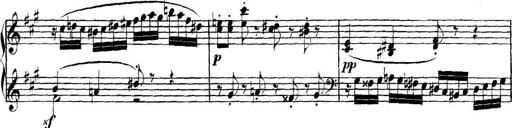
Title: Collected Piano Sonatas
Composer: Muzio Clementi